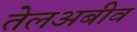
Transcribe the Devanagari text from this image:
तेलअबीव